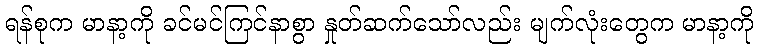
ရန်စုက မာနာ့ကို ခင်မင်ကြင်နာစွာ နှုတ်ဆက်သော်လည်း မျက်လုံးတွေက မာနာ့ကို